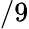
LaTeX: /9